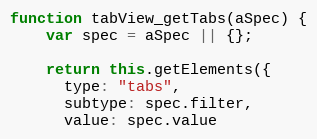
Language: JavaScript
function tabView_getTabs(aSpec) {
    var spec = aSpec || {};

    return this.getElements({
      type: "tabs",
      subtype: spec.filter,
      value: spec.value